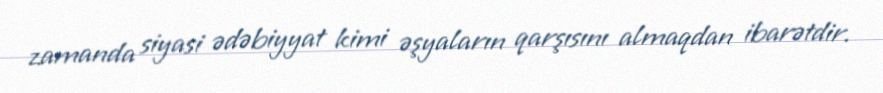
zamanda siyasi ədəbiyyat kimi əşyaların qarşısını almaqdan ibarətdir.